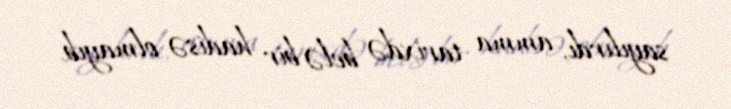
sayılırdı, amma tarixdə belə bir hadisə olmayıb.